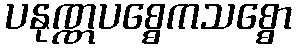
ပနုဏ္ဏပစ္စေကသစ္စော